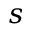
s